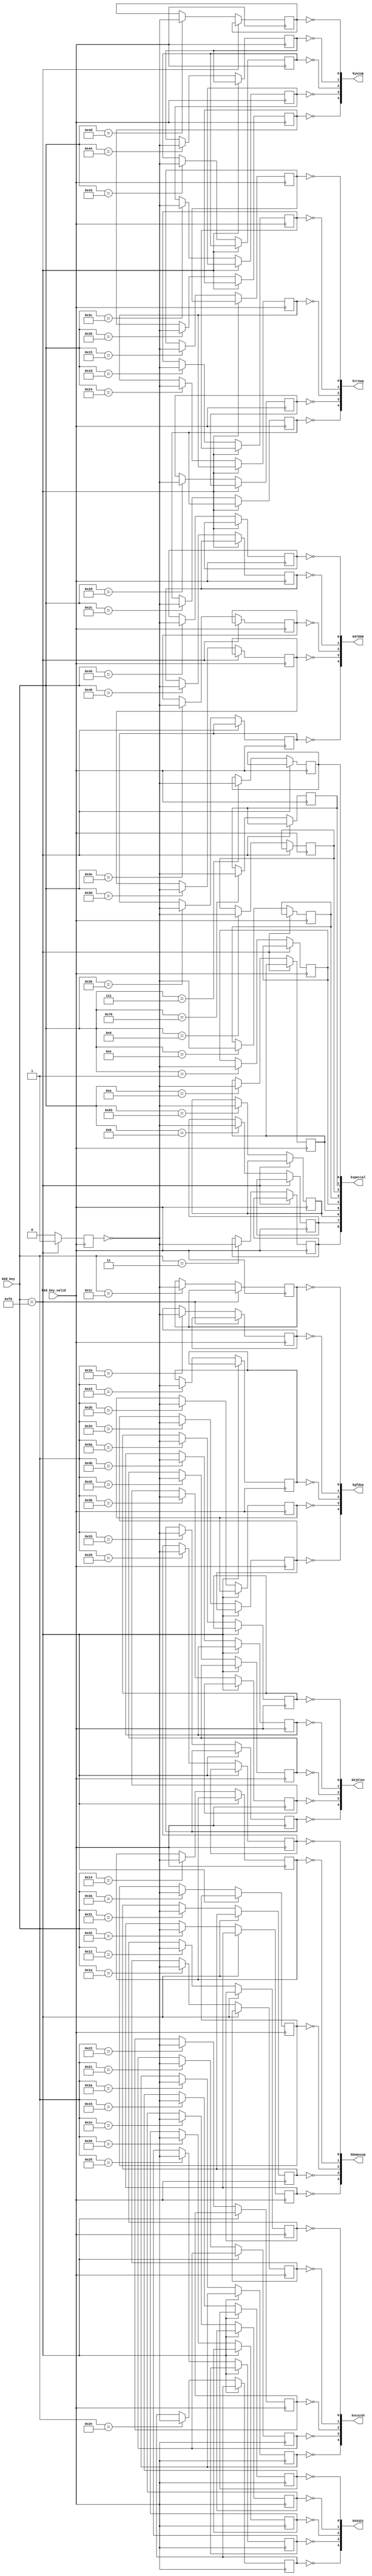
/* This file is part of fpga-spec by ZXMicroJack - see LICENSE.txt for moreinfo */
module keyboard(
  input [7:0] kbd_key,
  input kbd_key_valid,
  output [4:0] kvcxzsh,
  output [4:0] kgfdsa,
  output [4:0] ktrewq,
  output [4:0] k54321,
  output [4:0] k67890,
  output [4:0] kyuiop,
  output [4:0] khjklen,
  output [4:0] kbnmsssp,
  output [8:0] kspecial
  );

  ///////////////////   KEYBOARD   ///////////////////
  reg kq, kw, ke, kr, kt;

  reg ka, ks, kd, kf, kg;
  reg k1, k2, k3, k4, k5;
  reg ksh, kz, kx, kc, kv;

  reg k0, k9, k8, k7, k6;
  reg kp, ko, ki, ku, ky;
  reg ken, kl, kk, kj, kh;
  reg ksp, kss, km, kn, kb;

  reg kf12, kfpipe, kf11, kf10, kf9, kf8, kf7, kf6, kf5;
  reg released;

  // IN:    Reads keys (bit 0 to bit 4 inclusive)
  //
  //      0xfdfe  A, S, D, F, G                0xdffe  P, O, I, U, Y
  //      0xfefe  SHIFT, Z, X, C, V            0xeffe  0, 9, 8, 7, 6
  //      0xfbfe  Q, W, E, R, T                0xbffe  ENTER, L, K, J, H
  //      0xf7fe  1, 2, 3, 4, 5                0x7ffe  SPACE, SYM SHFT, M, N, B

  assign kvcxzsh = {!kv, !kc, !kx, !kz, !ksh};
  assign kgfdsa = {!kg, !kf, !kd, !ks, !ka};
  assign ktrewq = {!kt, !kr, !ke, !kw, !kq};
  assign k54321 = {!k5, !k4, !k3, !k2, !k1};
  assign k67890 = {!k6, !k7, !k8, !k9, !k0};
  assign kyuiop = {!ky, !ku, !ki, !ko, !kp};
  assign khjklen = {!kh, !kj, !kk, !kl, !ken};
  assign kbnmsssp = {!kb, !kn, !km, !kss, !ksp};
  assign kspecial = {kf5, kf6, kf7, kf8, kf9, kfpipe, kf10, kf11, kf12};

  always @ (posedge kbd_key_valid) begin
    if (kbd_key[7:0] == 8'hf0)
      released <= 1'b1;
    else begin
      case (kbd_key[7:0])
        8'h15: kq <= !released;
        8'h1d: kw <= !released;
        8'h24: ke <= !released;
        8'h2d: kr <= !released;
        8'h2c: kt <= !released;

        8'h1c: ka <= !released;
        8'h1b: ks <= !released;
        8'h23: kd <= !released;
        8'h2b: kf <= !released;
        8'h34: kg <= !released;

        8'h16: k1 <= !released;
        8'h1e: k2 <= !released;
        8'h26: k3 <= !released;
        8'h25: k4 <= !released;
        8'h2e: k5 <= !released;

        8'h12: ksh <= !released;
        8'h1a: kz <= !released;
        8'h22: kx <= !released;
        8'h21: kc <= !released;
        8'h2a: kv <= !released;

        8'h45: k0 <= !released;
        8'h46: k9 <= !released;
        8'h3e: k8 <= !released;
        8'h3d: k7 <= !released;
        8'h36: k6 <= !released;

        8'h4d: kp <= !released;
        8'h44: ko <= !released;
        8'h43: ki <= !released;
        8'h3c: ku <= !released;
        8'h35: ky <= !released;

        8'h5a: ken <= !released;
        8'h4b: kl <= !released;
        8'h42: kk <= !released;
        8'h3b: kj <= !released;
        8'h33: kh <= !released;

        8'h29: ksp <= !released;
        8'h14: kss <= !released;
        8'h3a: km <= !released;
        8'h31: kn <= !released;
        8'h32: kb <= !released;

        8'h07: kf12 <= !released;
        8'h0e: kfpipe <= !released;
        8'h78: kf11 <= !released;
        8'h09: kf10 <= !released;
        8'h01: kf9 <= !released;
        8'h0a: kf8 <= !released;
        8'h83: kf7 <= !released;
        8'h0b: kf6 <= !released;
        8'h03: kf5 <= !released;
      endcase
      released <= 1'b0;
    end
  end


endmodule